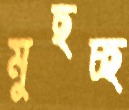
মুছচ্ছ